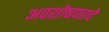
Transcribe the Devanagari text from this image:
अवशोषणाचे